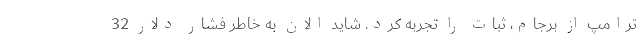
ترامپ از برجام، ثبات را تجربه کرد. شاید الان به خاطر فشار دلار 32